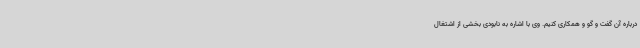
درباره آن گفت و گو و همکاری کنیم. وی با اشاره به نابودی بخشی از اشتغال